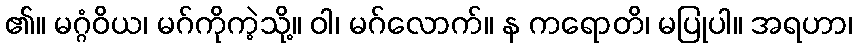
၏။ မဂ္ဂံဝိယ၊ မဂ်ကိုကဲ့သို့။ ဝါ၊ မဂ်လောက်။ န ကရောတိ၊ မပြုပါ။ အရဟာ၊